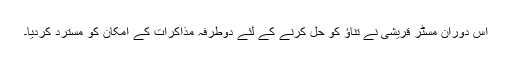
اس دوران مسٹر قریشی نے تناؤ کو حل کرنے کے لئے دوطرفہ مذاکرات کے امکان کو مسترد کردیا۔